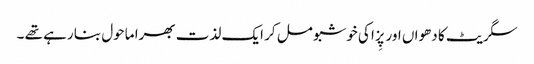
سگریٹ کا دھواں اور پِزا کی خوشبو مل کر ایک لذت بھرا ماحول بنا رہے تھے ۔